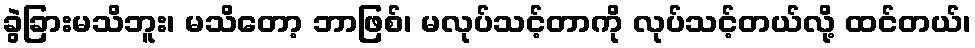
ခွဲခြားမသိဘူး၊ မသိတော့ ဘာဖြစ်၊ မလုပ်သင့်တာကို လုပ်သင့်တယ်လို့ ထင်တယ်၊